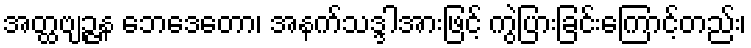
အတ္ထဗျဉ္ဇန ဘေဒေတော၊ အနက်သဒ္ဒါအားဖြင့် ကွဲပြားခြင်းကြောင့်တည်း၊